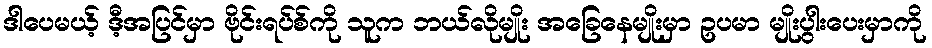
ဒါပေမယ့် ဒီ့အပြင်မှာ ဗိုင်းရပ်စ်ကို သူက ဘယ်လိုမျိုး အခြေနေမျိုးမှာ ဥပမာ မျိုးပွါးပေးမှာကို